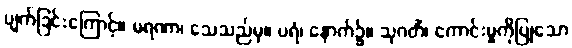
ပျက်ခြင်းကြောင့်။ မရဏာ၊ သေသည်မှ။ ပရံ၊ နောက်၌။ သုဂတိံ၊ ကောင်းမှုကိုပြုသော